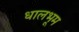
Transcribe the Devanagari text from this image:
धालभूम